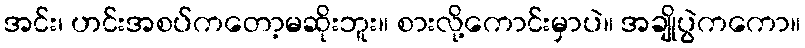
အင်း၊ ဟင်းအစပ်ကတော့မဆိုးဘူး။ စားလို့ကောင်းမှာပဲ။ အချိုပွဲကကော။